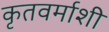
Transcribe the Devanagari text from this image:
कृतवर्माशी